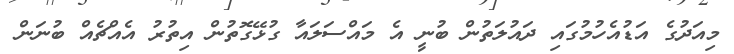
މިއަދުގެ އަޑުއެހުމުގައި ދައުލަތުން ބުނީ އެ މައްސަލައާ ގުޅޭގޮތުން އިތުރު އެއްޗެއް ބުނަން